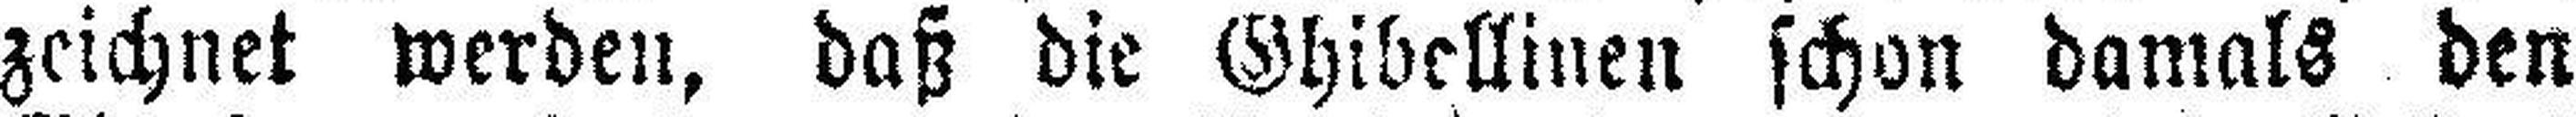
zeichnet werden, daß die Ghibellinen schon damals den